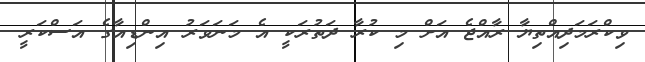
ވިކްރަމަދިއްތިޔާ ރާއްޖެ އަށް މި ކުރާ ދަތުރަކީ އެ މަނަވަރު އިންޑިއާގެ އަސްކަރީ